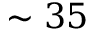
\sim 3 5